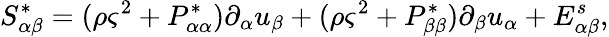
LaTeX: S_{\alpha\beta}^{*}=(\rho\varsigma^{2}+P_{\alpha\alpha}^{*})\partial_{\alpha}u_{\beta}+(\rho\varsigma^{2}+P_{\beta\beta}^{*})\partial_{\beta}u_{\alpha}+E_{\alpha\beta}^{s},